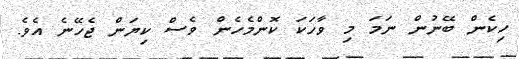
ހިކެން ބޭނުން ނަމަ މި ވާހަކަ ކޮންމެހެން ވެސް ކިޔަން ޖެހޭނެ އެވެ.